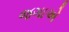
જગાએ